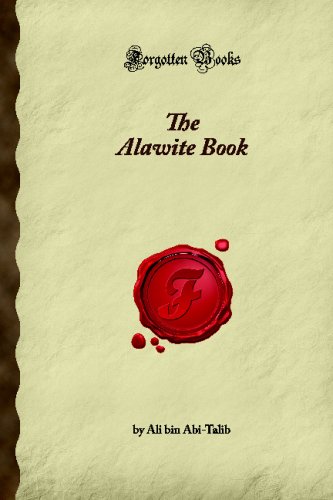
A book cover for The Alawite Book (Forgotten Books); Ali bin Abi-Talib; Religion & Spirituality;